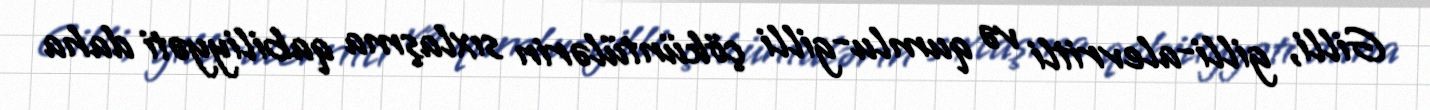
Gilli, gilli-alevritli və qumlu-gilli çöküntülərin sıxlaşma qabiliyyəti daha